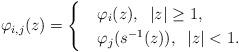
LaTeX: \begin{align*} \varphi_{i,j}(z) = \begin{cases} &\varphi_i(z),\; \; \lvert z\rvert \geq 1,\\ &\varphi_j(s^{-1}(z)),\; \; \lvert z \rvert < 1. \end{cases}\end{align*}